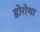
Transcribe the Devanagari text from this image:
डोरोथा